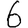
Digit: 6